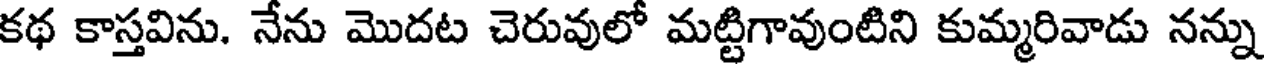
కథ కాస్తవిను. నేను మొదట చెరువులో మట్టిగావుంటిని కుమ్మరివాడు నన్ను